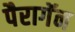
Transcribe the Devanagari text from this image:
पैरागॅन